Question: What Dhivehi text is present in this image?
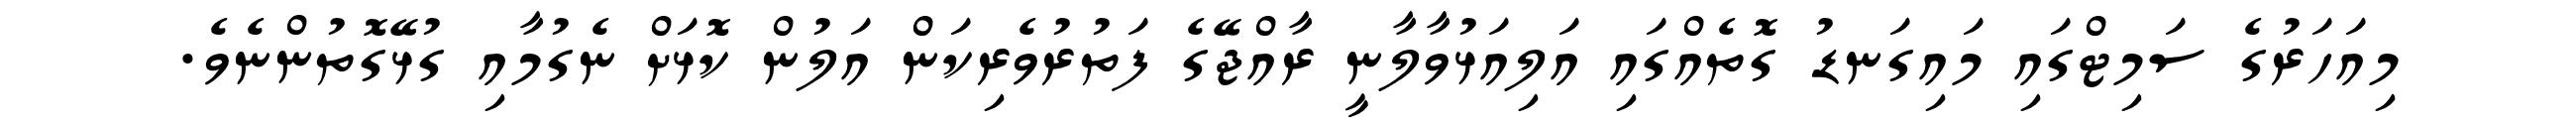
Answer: މިއަހަރުގެ ސަމިޓްގައި މައިގަނޑު ގޮތެއްގައި އަލިއަޅުވާލާނީ ރާއްޖޭގެ ފަތުރުވެރިކަން އަލުން ކޮޅަށް ނެގުމާއި ގުޅޭގޮތުންނެވެ.